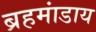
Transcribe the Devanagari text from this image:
ब्रहमांडाय